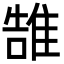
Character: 䧼